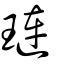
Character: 璉